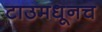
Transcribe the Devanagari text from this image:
टाउमधूनच